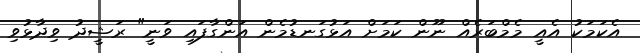
އެކަމަކު އެއީ މެމްބަރެއް ނޫން ކަމަށް އަޅުގަނޑުމެން އަންގާފައި ވަނީ" ރަޝީދު ވިދާޅުވި